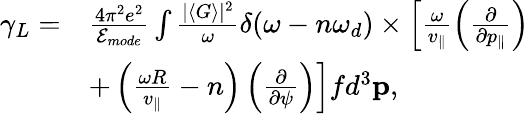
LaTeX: \begin{array}{rl}{\gamma_{L}=}&{\frac{4\pi^{2}e^{2}}{\mathcal{E}_{mode}}\int\frac{|\langle G\rangle|^{2}}{\omega}\delta(\omega-n\omega_{d})\times\left[\frac{\omega}{v_{\parallel}}\left(\frac{\partial}{\partial p_{\parallel}}\right)\right.}\\ &{\left.+\left(\frac{\omega R}{v_{\parallel}}-n\right)\left(\frac{\partial}{\partial\psi}\right)\right]fd^{3}\mathbf{p},}\end{array}